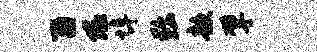
酉隘埠黜歆擘